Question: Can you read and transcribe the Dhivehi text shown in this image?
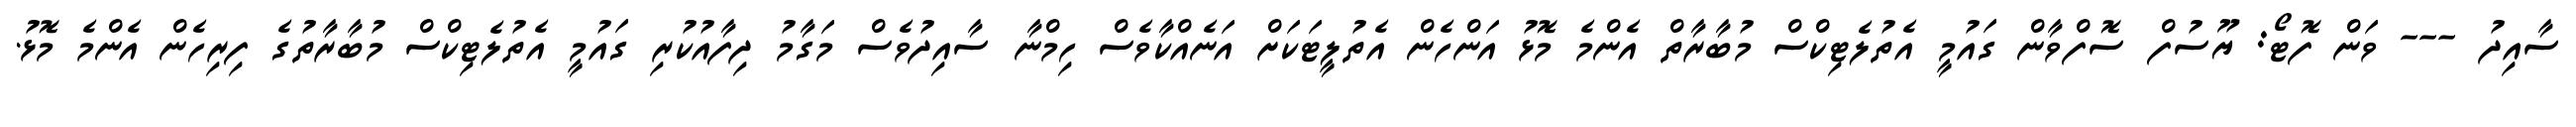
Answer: ސާއިދު --- ވަން ފޮޓޯ: ޔޫސުފް ސޮފްވާން ގައުމީ އެތުލެޓިކްސް މުބާރާތް އެންމެ މޮޅު އަންހެން އެތުލީޓަކަށް އަނެއްކާވެސް ހިމްނާ ސާއިދުވެސް މަގާމު ދިފާއުކުރި ގައުމީ އެތުލެޓިކްސް މުބާރާތުގެ ފިރިހެން އެންމެ މޮޅު.